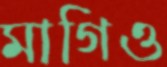
মাগিও